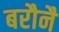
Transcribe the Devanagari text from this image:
बरौनै